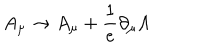
LaTeX: A _ { \mu } \to A _ { \mu } + \frac { 1 } { e } \partial _ { \mu } \Lambda